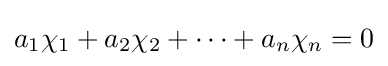
a_{1}\chi _{1}+a_{2}\chi _{2}+\dots +a_{n}\chi _{n}=0